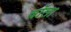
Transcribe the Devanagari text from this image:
वॉला